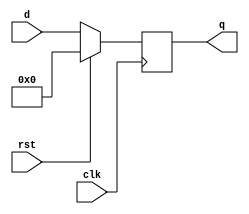
module flopr(clk, rst, d, q);
	parameter width = 32;
	
	input clk;
	input rst;
	input [width - 1:0] d;
	output reg [width - 1:0] q;
	
	always@(negedge clk)
		begin
		if(!rst)
			begin
			q <= d;
			end
		else
			begin
			q <= 0;
			end
		end
endmodule